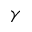
\gamma